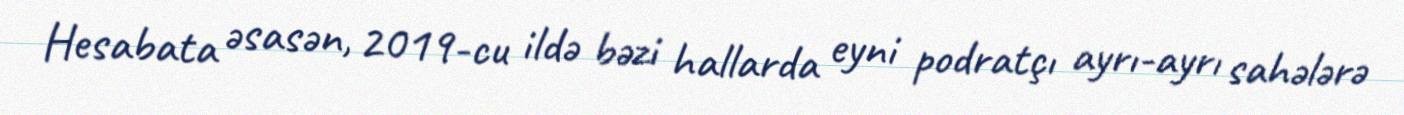
Hesabata əsasən, 2019-cu ildə bəzi hallarda eyni podratçı ayrı-ayrı sahələrə